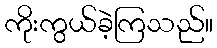
ကိုးကွယ်ခဲ့ကြသည်။